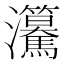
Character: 𤅲